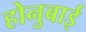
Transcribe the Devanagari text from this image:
होनुबाई